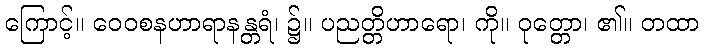
ကြောင့်။ ဝေဝစနဟာရာနန္တရံ၊ ၌။ ပညတ္တိဟာရော၊ ကို။ ဝုတ္တော၊ ၏။ တထာ